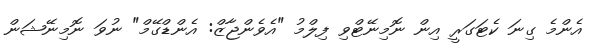
އެންމެ ގިނަ ކެޓަގަރީ އިން ނޮމިނޭޓްވި ފިލްމު "އެވެންޖާޒް: އެންޑްގޭމް" ނުވަ ނޮމިނޭޝަން